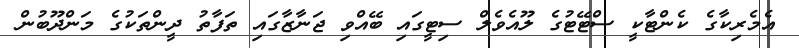
އެމެރިކާގެ ކެންޓާކީ ސްޓޭޓުގެ ލޫއެވެލް ސިޓީގައި ބޭއްވި ޖަނާޒާގައި ތަފާތު ދީންތަކުގެ މަންދޫބުން